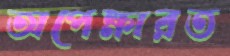
অপেক্ষারত